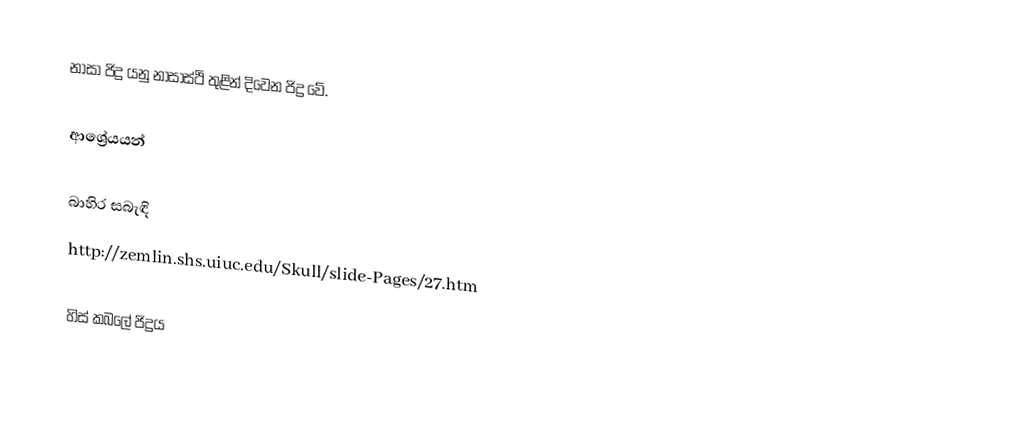
නාසා ජිද්‍ර යනු නාසාස්ථි තුළින් දිවෙන ජිද්‍ර වේ.

ආශ්‍රේයයන්

බාහිර සබැඳි
 http://zemlin.shs.uiuc.edu/Skull/slide-Pages/27.htm

හිස් කබලේ ජිද්‍රය